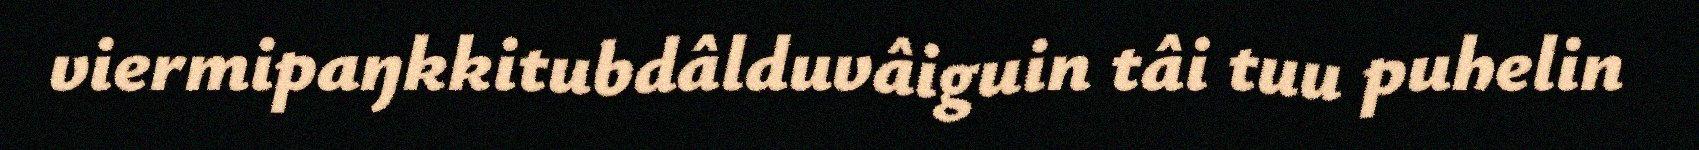
viermipaŋkkitubdâlduvâiguin tâi tuu puhelin